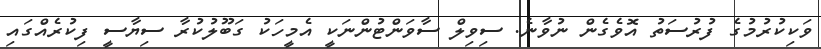
ވަކިކުރުމުގެ ފުރުސަތު އޮވެގެން ނުވާނެ. ސިވިލް ސާވަންޓުންނަކީ އެމީހަކު ގަބޫލުކުރާ ސިޔާސީ ފިކުރެއްގައި